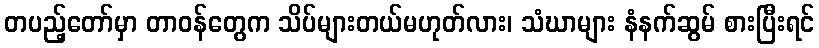
တပည့်တော်မှာ တာဝန်တွေက သိပ်များတယ်မဟုတ်လား၊ သံဃာများ နံနက်ဆွမ် စားပြီးရင်